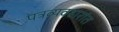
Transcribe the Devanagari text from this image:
पत्रव्यवहारांत